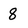
Character: 8